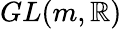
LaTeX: GL(m,\mathbb{R})